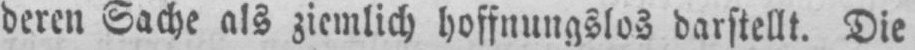
deren Sache als ziemlich hoffnungslos darstellt. Die